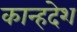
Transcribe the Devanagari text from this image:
कान्हदेश